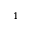
^ 1